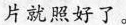
片就照好了。